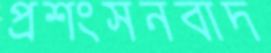
প্রশংসনবাদ